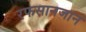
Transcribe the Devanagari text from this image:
रफसानजान